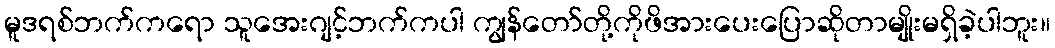
မူဒရစ်ဘက်ကရော သူအေးဂျင့်ဘက်ကပါ ကျွန်တော်တို့ကိုဖိအားပေးပြောဆိုတာမျိုးမရှိခဲ့ပါဘူး။